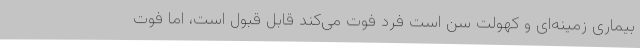
بیماری زمینه‌ای و کهولت سن است فرد فوت می‌کند قابل قبول است، اما فوت